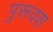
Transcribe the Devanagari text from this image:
पुरूवश